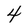
Character: 4